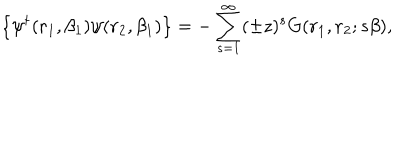
\left\{ \psi ^ { \dagger } ( { \bf r } _ { 1 } , \beta _ { 1 } ) \psi ( { \bf r } _ { 2 } , \beta _ { 1 } ) \right\} = - \sum _ { s = 1 } ^ { \infty } ( \pm z ) ^ { s } G ( { \bf r } _ { 1 } , { \bf r } _ { 2 } ; s \beta ) ,